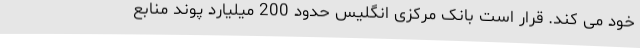
خود می کند. قرار است بانک مرکزی انگلیس حدود 200 میلیارد پوند منابع